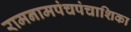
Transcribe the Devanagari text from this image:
रामनामपंचपंचाशिका